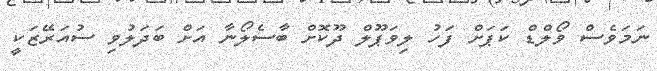
ނަމަވެސް ވޯލްޑް ކަޕަށް ފަހު ލިވަޕޫލް ދޫކޮށް ބާސެލޯނާ އަށް ބަދަލުވި ސުއަރޭޒަކީ